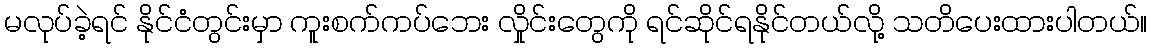
မလုပ်ခဲ့ရင် နိုင်ငံတွင်းမှာ ကူးစက်ကပ်ဘေး လှိုင်းတွေကို ရင်ဆိုင်ရနိုင်တယ်လို့ သတိပေးထားပါတယ်။